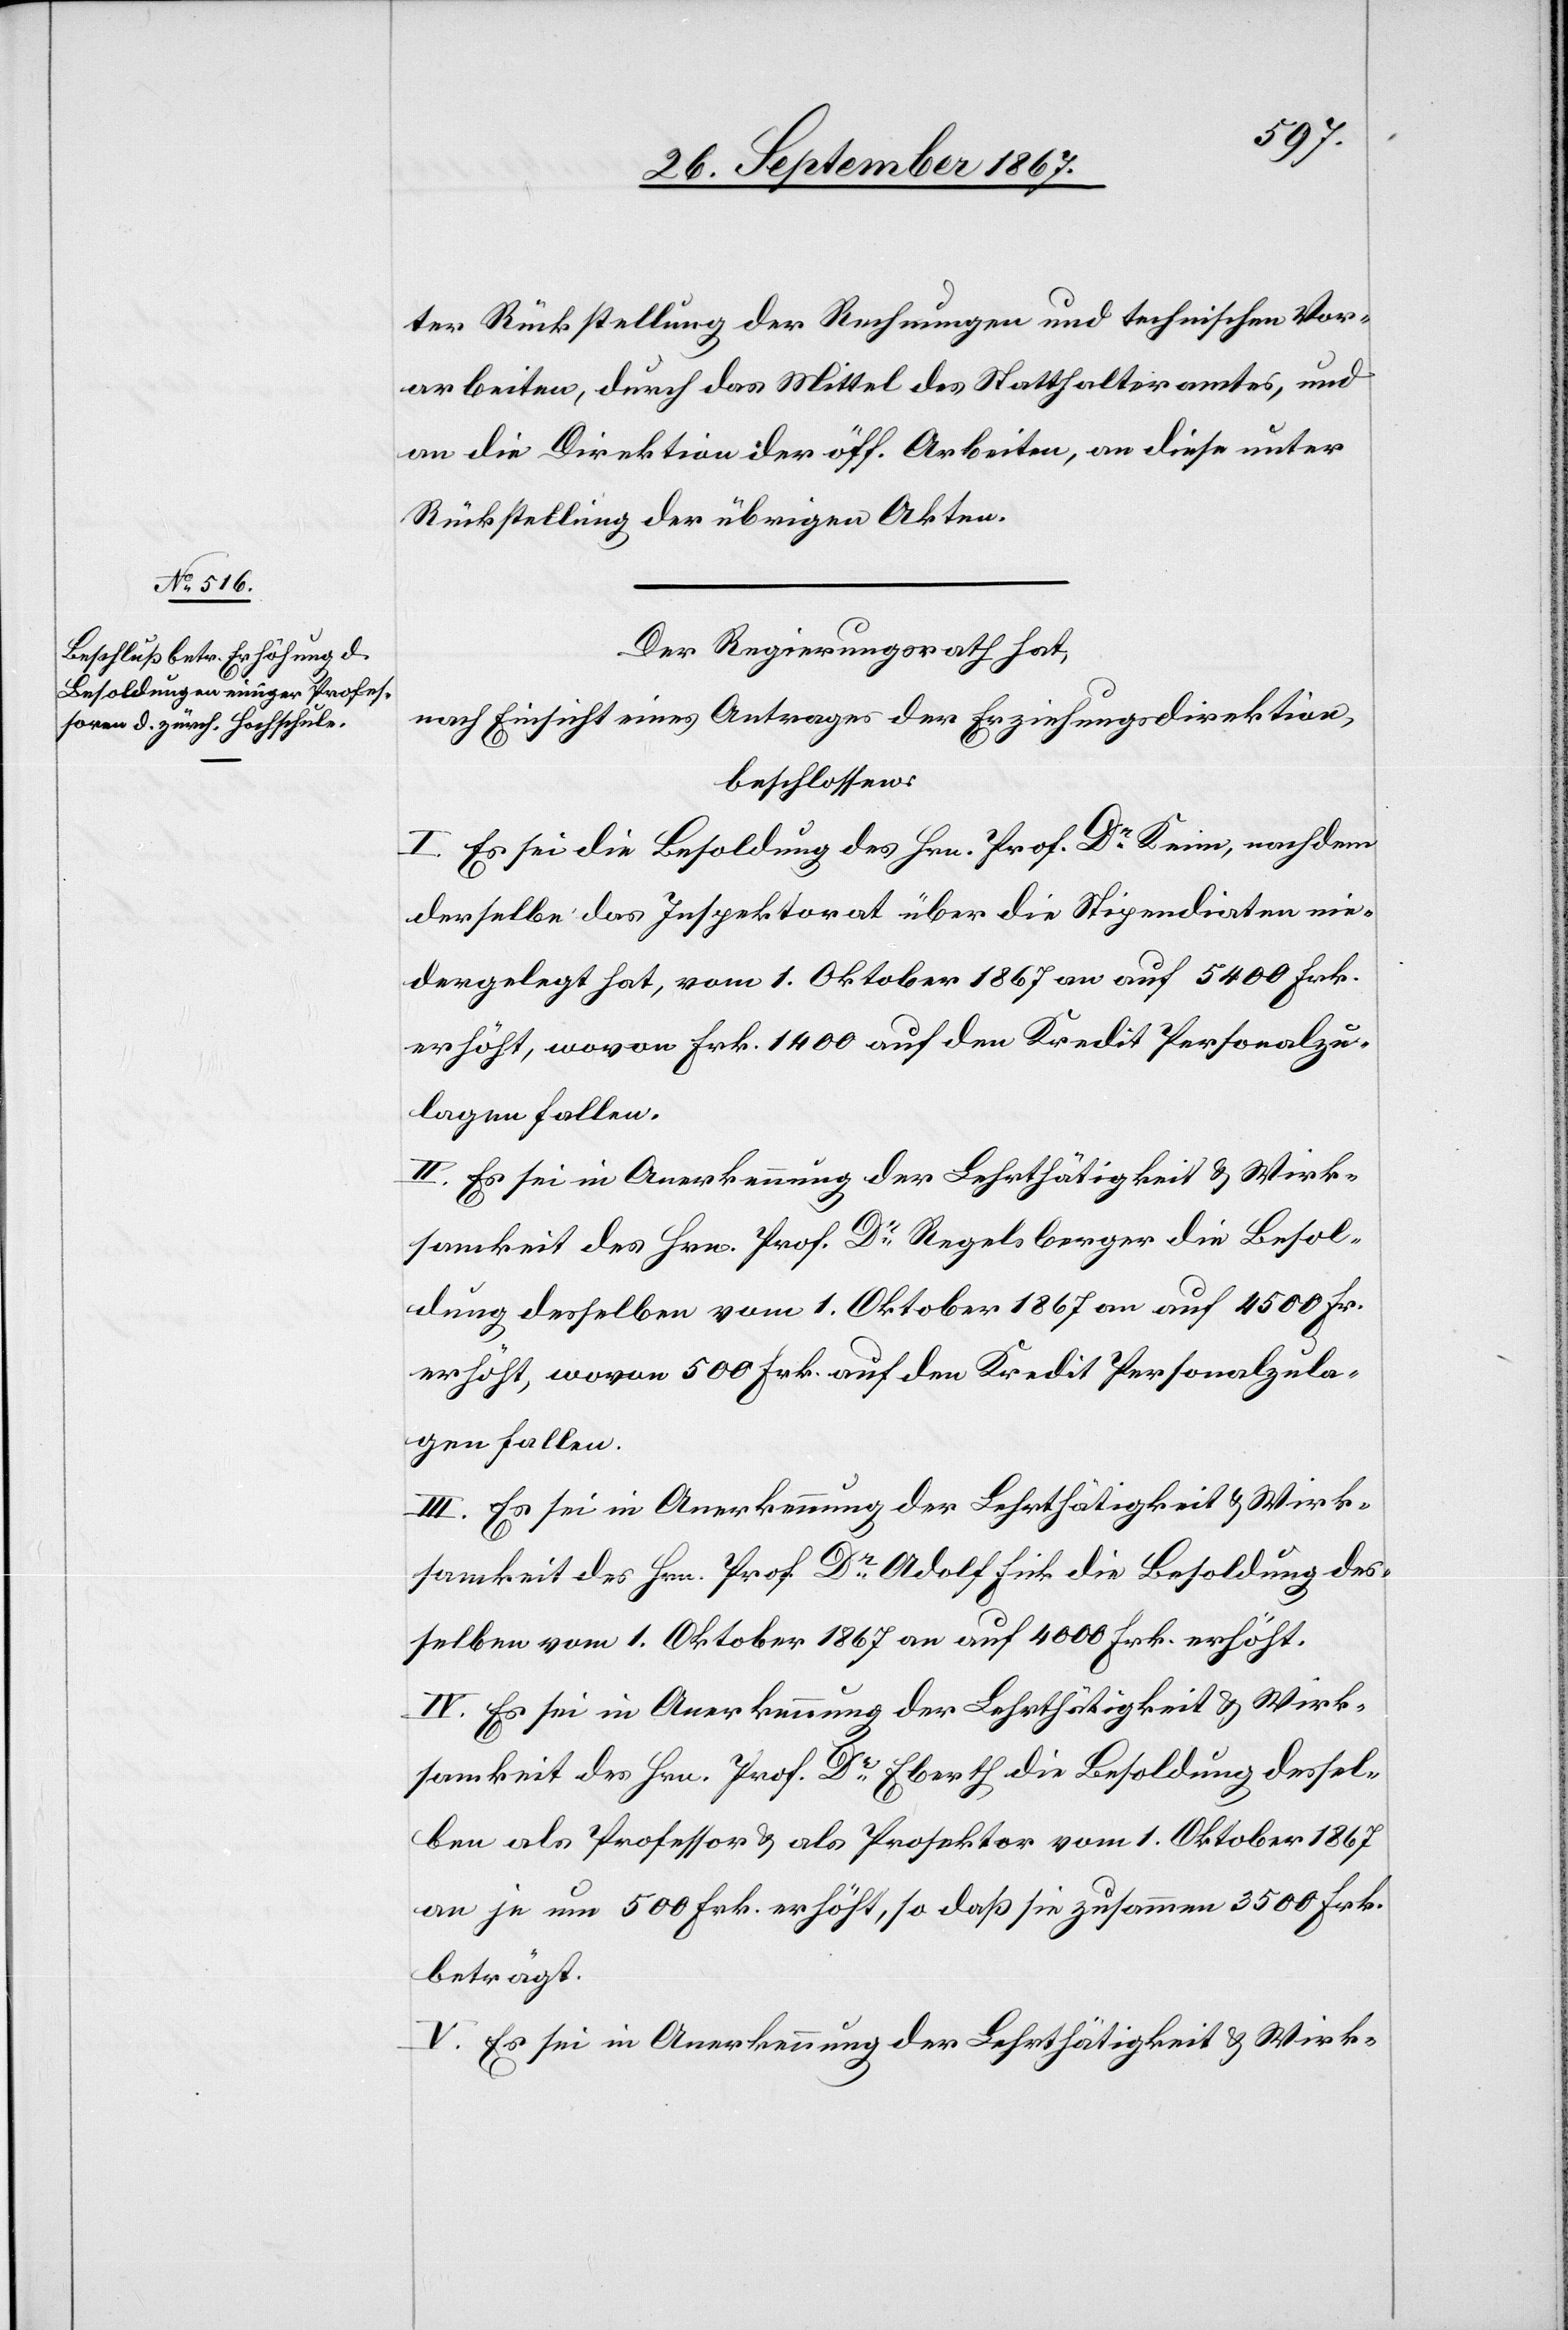
ter Rückstellung der Rechnungen und technischen Vor¬
arbeiten, durch das Mittel des Statthalteramtes, und
an die Direktion der öff. Arbeiten, an diese unter
Rückstellung der übrigen Akten.
Der Regierungsrath hat,
nach Einsicht eines Antrages der Erziehungsdirektion,
beschlossen:
I. Es sei die Besoldung des Hrn. Prof. Dr. Keim, nachdem
derselbe das Inspektorat über die Stipendiaten nie¬
dergelegt hat, vom 1. Oktober 1867 an auf 5400 Frk.
erhöht, wovon Frk. 1400 auf den Kredit Personalzu¬
lagen fallen.
II. Es sei in Anerkennung der Lehrthätigkeit u. Wirk¬
samkeit des Hrn. Prof. Dr. Regelsberger die Besol¬
dung desselben vom 1. Oktober 1867 an auf 4500 Fr.
erhöht, wovon 500 Frk. auf den Kredit Personalzula¬
gen fallen.
III. Es sei in Anerkennung der Lehrthätigkeit u. Wirk¬
samkeit des Hrn. Prof. Dr. Adolf Fink die Besoldung des¬
selben vom 1. Oktober 1867 an auf 4000 Frk. erhöht.
IV. Es sei in Anerkennung der Lehrthätigkeit u. Wirk¬
samkeit des Hrn. Prof. Dr. Eberth die Besoldung dessel¬
ben als Professor u. als Prosektor vom 1. Oktober 1867
an je um 500 Frk. erhöht, so daß sie zusammen 3500 Frk.
beträgt.
V. Es sei in Anerkennung der Lehrthätigkeit u. Wirk-